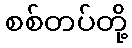
စစ်တပ်တို့